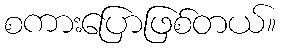
စကားပြောဖြစ်တယ်။